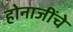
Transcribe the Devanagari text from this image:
होनाजींचे